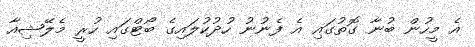
އެ މީހުން ބުނާ ގޮތުގައި އެ ފެނުނު ހުދުކުލައިގެ ބޯޓްގައި ހުރީ މެލޭޝިއާ